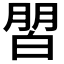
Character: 𰤜